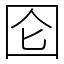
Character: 囵